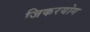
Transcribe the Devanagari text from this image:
जिकरयोग